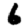
Digit: 6